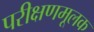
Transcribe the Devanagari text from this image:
परीक्षणमूलक